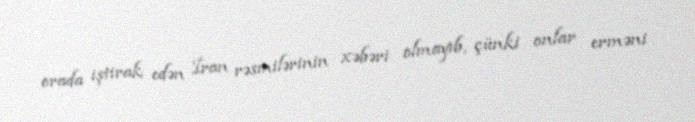
orada iştirak edən İran rəsmilərinin xəbəri olmayıb, çünki onlar erməni